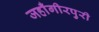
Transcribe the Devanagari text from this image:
जहाँगीरपुरी